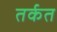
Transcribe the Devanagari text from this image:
तर्कत